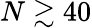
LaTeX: N\gtrsim 40